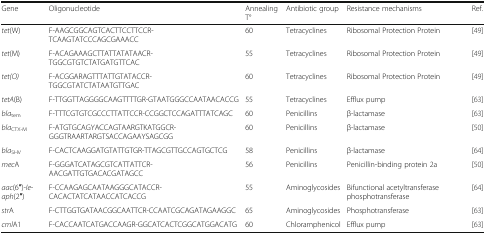
| Gene | Oligonucleotide | Annealing T° | Antibiotic group | Resistance mechanisms | Ref. |
 | --- | --- | --- | --- | --- | --- |
 | tet(W) | F-AAGCGGCAGTCACTTCCTTCCR-TCAAGTATCCCAGCGAAACC | 60 | Tetracyclines | Ribosomal Protection Protein | [49] |
 | tet(M) | F-ACAGAAAGCTTATTATATAACR-TGGCGTGTCTATGATGTTCAC | 55 | Tetracyclines | Ribosomal Protection Protein | [49] |
 | tet(O) | F-ACGGARAGTTTATTGTATACCR-TGGCGTATCTATAATGTTGAC | 60 | Tetracyclines | Ribosomal Protection Protein | [49] |
 | tetA(B) | F-TTGGTTAGGGGCAAGTTTTGR-GTAATGGGCCAATAACACCG | 55 | Tetracyclines | Efflux pump | [63] |
 | blatem | F-TTTCGTGTCGCCCTTATTCCR-CCGGCTCCAGATTTATCAGC | 60 | Penicillins | β-lactamase | [63] |
 | blaCTX-M | F-ATGTGCAGYACCAGTAARGTKATGGCR-GGGTRAARTARGTSACCAGAAYSAGCGG | 60 | Penicillins | β-lactamase | [50] |
 | blaSHV | F-CACTCAAGGATGTATTGTGR-TTAGCGTTGCCAGTGCTCG | 58 | Penicillins | β-lactamase | [64] |
 | mecA | F-GGGATCATAGCGTCATTATTCR-AACGATTGTGACACGATAGCC | 56 | Penicillins | Penicillin-binding protein 2a | [50] |
 | aac(6′′)-Ie-aph(2′′) | F-CCAAGAGCAATAAGGGCATACCR-CACACTATCATAACCATCACCG | 55 | Aminoglycosides | Bifunctional acetyltransferase phosphotransferase | [64] |
 | strA | F-CTTGGTGATAACGGCAATTCR-CCAATCGCAGATAGAAGGC | 65 | Aminoglycosides | Phosphotransferase | [63] |
 | cmlA1 | F-CACCAATCATGACCAAGR-GGCATCACTCGGCATGGACATG | 60 | Chloramphenicol | Efflux pump | [63] |